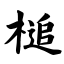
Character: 槌